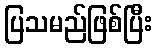
ပြသမည်ဖြစ်ပြီး